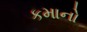
કમાનો